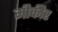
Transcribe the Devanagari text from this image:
मीकीर